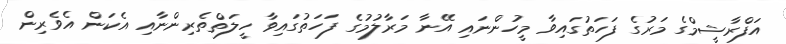
އަފްރާޝީމްގެ މަރުގެ ފަހަތުގައިވާ މީހުންނައި އޭނާ މަރާލުމުގެ ފަހަތުގައިވާ ހީލަތްތެރިންނާއި އެކަން އެވެރިން